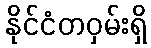
နိုင်ငံတဝှမ်းရှိ